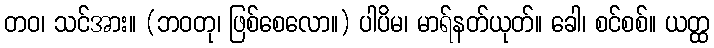
တဝ၊ သင်အား။ (ဘဝတု၊ ဖြစ်စေလော။) ပါပိမ၊ မာရ်နတ်ယုတ်။ ခေါ၊ စင်စစ်။ ယတ္ထ